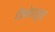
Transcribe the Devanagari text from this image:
जिभेपासून